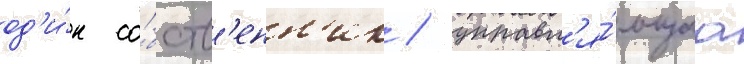
од'и́н со́бств'енн'ик / управл'я́ющаа